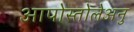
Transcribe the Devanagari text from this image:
आपोस्तोलेअनु